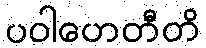
ပဝါဟေတီတိ